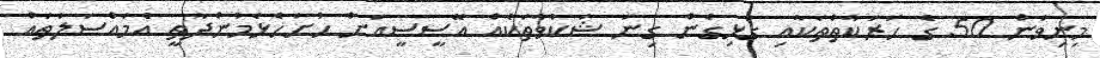
މިނިވަން 50 ގެ ހަރަކާތްތަކާއި ގުޅިގެން ގިނަ ޝަކުވާތަކެއް އޭސީސީއަށް ހުށަހެޅެމުންދާތީ އެމައްސަލަތައް